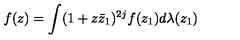
f ( z ) = \int ( 1 + z \bar { z } _ { 1 } ) ^ { 2 j } f ( z _ { 1 } ) d \lambda ( z _ { 1 } )